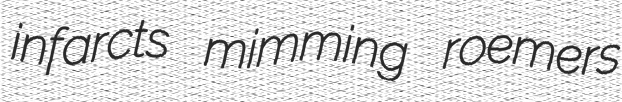
infarcts mimming roemers